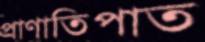
প্রাণাতিপাত